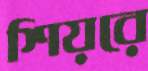
শিয়রে